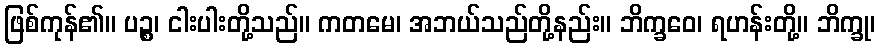
ဖြစ်ကုန်၏။ ပဉ္စ၊ ငါးပါးတို့သည်။ ကတမေ၊ အဘယ်သည်တို့နည်း။ ဘိက္ခဝေ၊ ရဟန်းတို့။ ဘိက္ခု၊